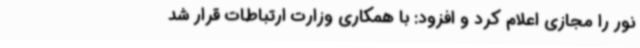
نور را مجازی اعلام کرد و افزود: با همکاری وزارت ارتباطات قرار شد